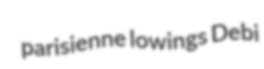
parisienne lowings Debi